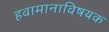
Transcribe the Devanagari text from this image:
हवामानाविषयक